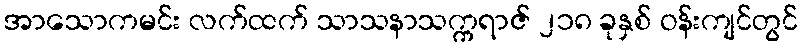
အာသောကမင်း လက်ထက် သာသနာသက္ကရာဇ် ၂၁၈ ခုနှစ် ဝန်းကျင်တွင်